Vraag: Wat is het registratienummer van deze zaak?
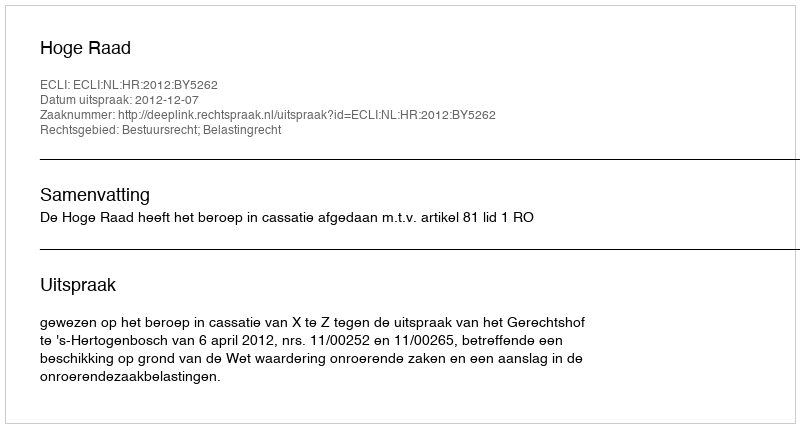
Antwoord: http://deeplink.rechtspraak.nl/uitspraak?id=ECLI:NL:HR:2012:BY5262